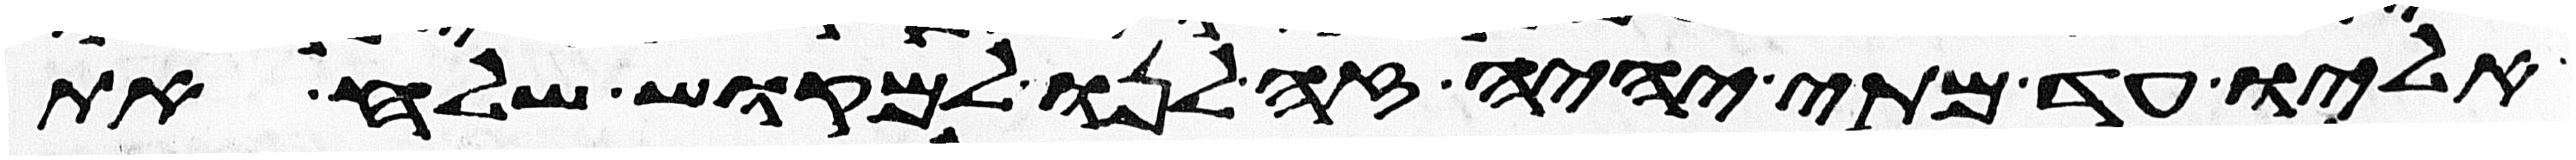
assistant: אליו עד מתי יהיה זה לנו למוקש שלח את